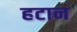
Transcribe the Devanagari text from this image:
हटान